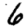
Digit: 6